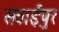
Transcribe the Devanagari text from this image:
सवाईपुर